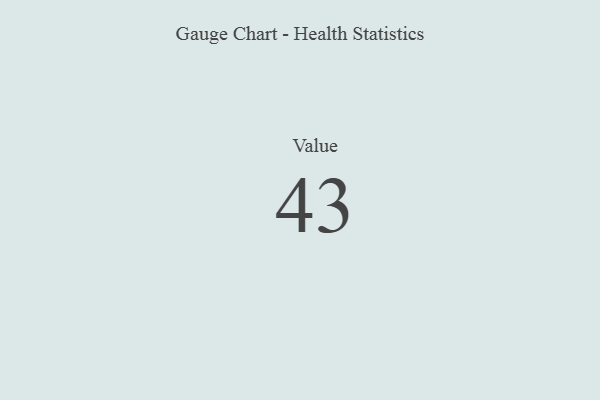
{"axis": {"x": "Metric", "y": "Value"}, "legend": [""], "data": [{"x": "Value", "y": 43, "type": ""}]}